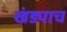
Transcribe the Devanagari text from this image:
खंड्याच